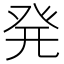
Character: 発